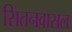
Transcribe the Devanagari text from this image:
सितनवासल